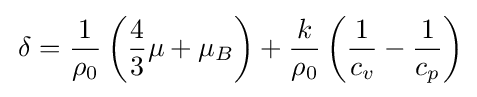
\,\delta ={\frac {1}{\rho _{0}}}\left({\frac {4}{3}}\mu +\mu _{B}\right)+{\frac {k}{\rho _{0}}}\left({\frac {1}{c_{v}}}-{\frac {1}{c_{p}}}\right)